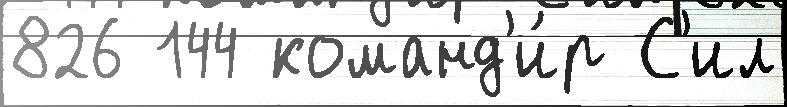
826 144 команд'и́р С'ил